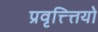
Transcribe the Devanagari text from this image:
प्रवृत्त्त्तियो